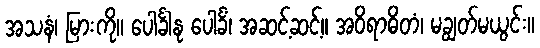
အသနံ၊ မြားကို။ ပေါင်္ခါနု ပေါင်္ခံ၊ အဆင့်ဆင့်။ အဝိရာဓိတံ၊ မချွတ်မယွင်း။